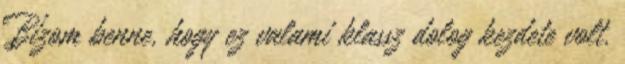
Bízom benne, hogy ez valami klassz dolog kezdete volt.